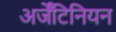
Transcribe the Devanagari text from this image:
अर्जेंटिनियन